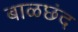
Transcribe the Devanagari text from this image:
बाळछंद